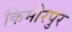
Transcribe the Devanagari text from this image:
किमीरपुर